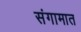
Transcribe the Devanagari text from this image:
संगामात